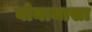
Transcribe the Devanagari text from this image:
बोनामासा